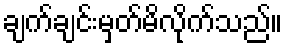
ချက်ချင်းမှတ်မိလိုက်သည်။